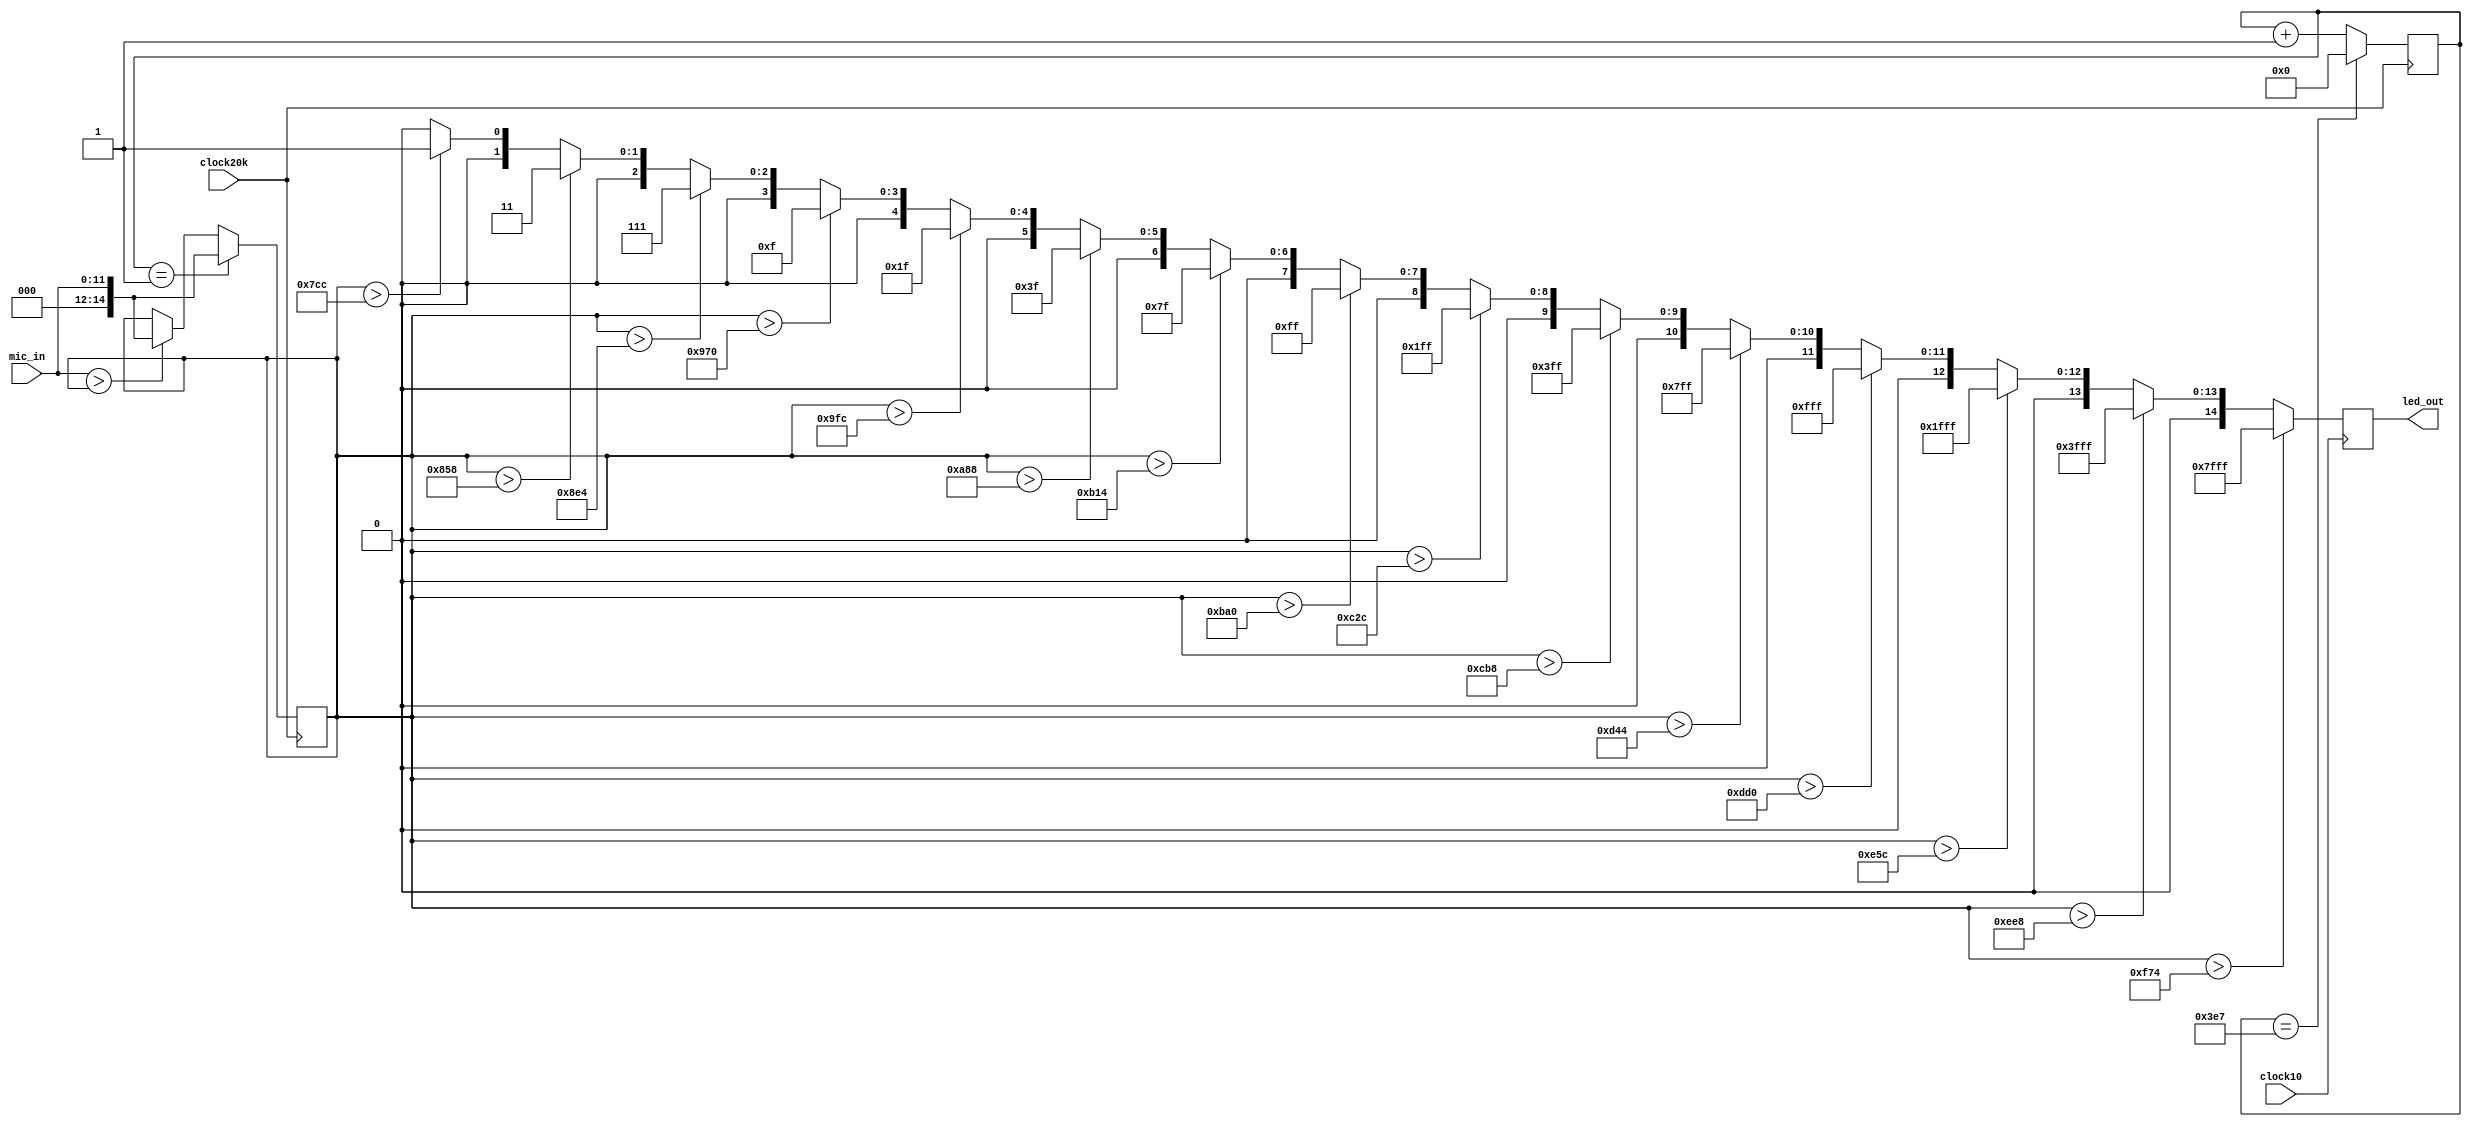
`timescale 1ns / 1ps


module led_volume_disp(
    input clock20k,
    input clock10,
    input [11:0] mic_in,
    output reg [14:0] led_out

    );
    reg [9:0] count = 0;
    reg [14:0] max;
    always @ (posedge clock20k)
    begin
        count <= (count == 999) ? 0 : count + 1;
        if(count == 1)
            max = mic_in;
        else
            max = (mic_in > max) ? mic_in : max;
    end
        
    
    always @ (posedge clock10)
    begin
            if(max>3956)
                led_out <= 15'b111111111111111;
            else if (max>3816)
                led_out <= 15'b011111111111111;
            else if (max>3676)
                led_out <= 15'b001111111111111;
            else if (max>3536)
                led_out <= 15'b000111111111111;
            else if (max>3396)
                led_out <= 15'b000011111111111;
            else if (max> 3256)
                led_out <= 15'b000001111111111;
            else if (max > 3116)
                led_out <= 15'b000000111111111;
            else if (max > 2976)
                led_out <= 15'b000000011111111;
            else if (max > 2836)
                led_out <= 15'b000000001111111;
            else if (max > 2696)
                led_out <= 15'b000000000111111;
            else if (max > 2556)
                led_out <= 15'b000000000011111;
            else if (max > 2416)
                led_out <= 15'b000000000001111;
            else if (max > 2276)
                led_out <= 15'b000000000000111;
            else if (max > 2136)
                led_out <= 15'b000000000000011; 
            else if (max > 1996)
                led_out <= 15'b000000000000001;             
            else 
                led_out <= 0;
       end
endmodule